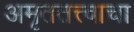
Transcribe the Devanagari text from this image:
अमृततत्त्वाचा